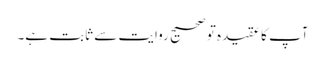
آپ کا عقیدہ تو صحیح روایت سے ثابت ہے۔